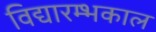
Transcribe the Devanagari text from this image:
विद्यारम्भकाल